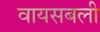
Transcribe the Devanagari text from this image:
वायसबली